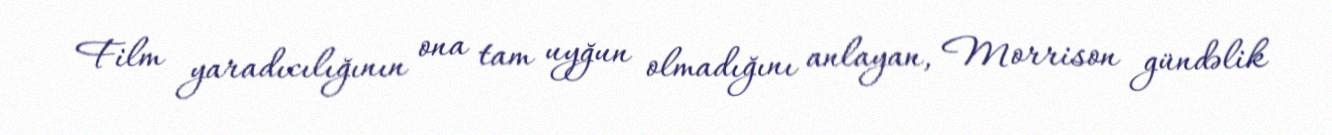
Film yaradıcılığının ona tam uyğun olmadığını anlayan, Morrison gündəlik